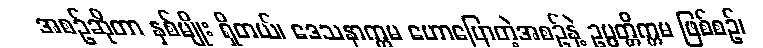
အစဉ်ဆိုတာ နှစ်မျိုး ရှိတယ်၊ ဒေသနာက္ကမ ဟောပြောတဲ့အစဉ်နဲ့ ဥပ္ပတ္တိက္ကမ ဖြစ်စဉ်၊